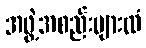
အဖွဲ့အစည်းများထံ